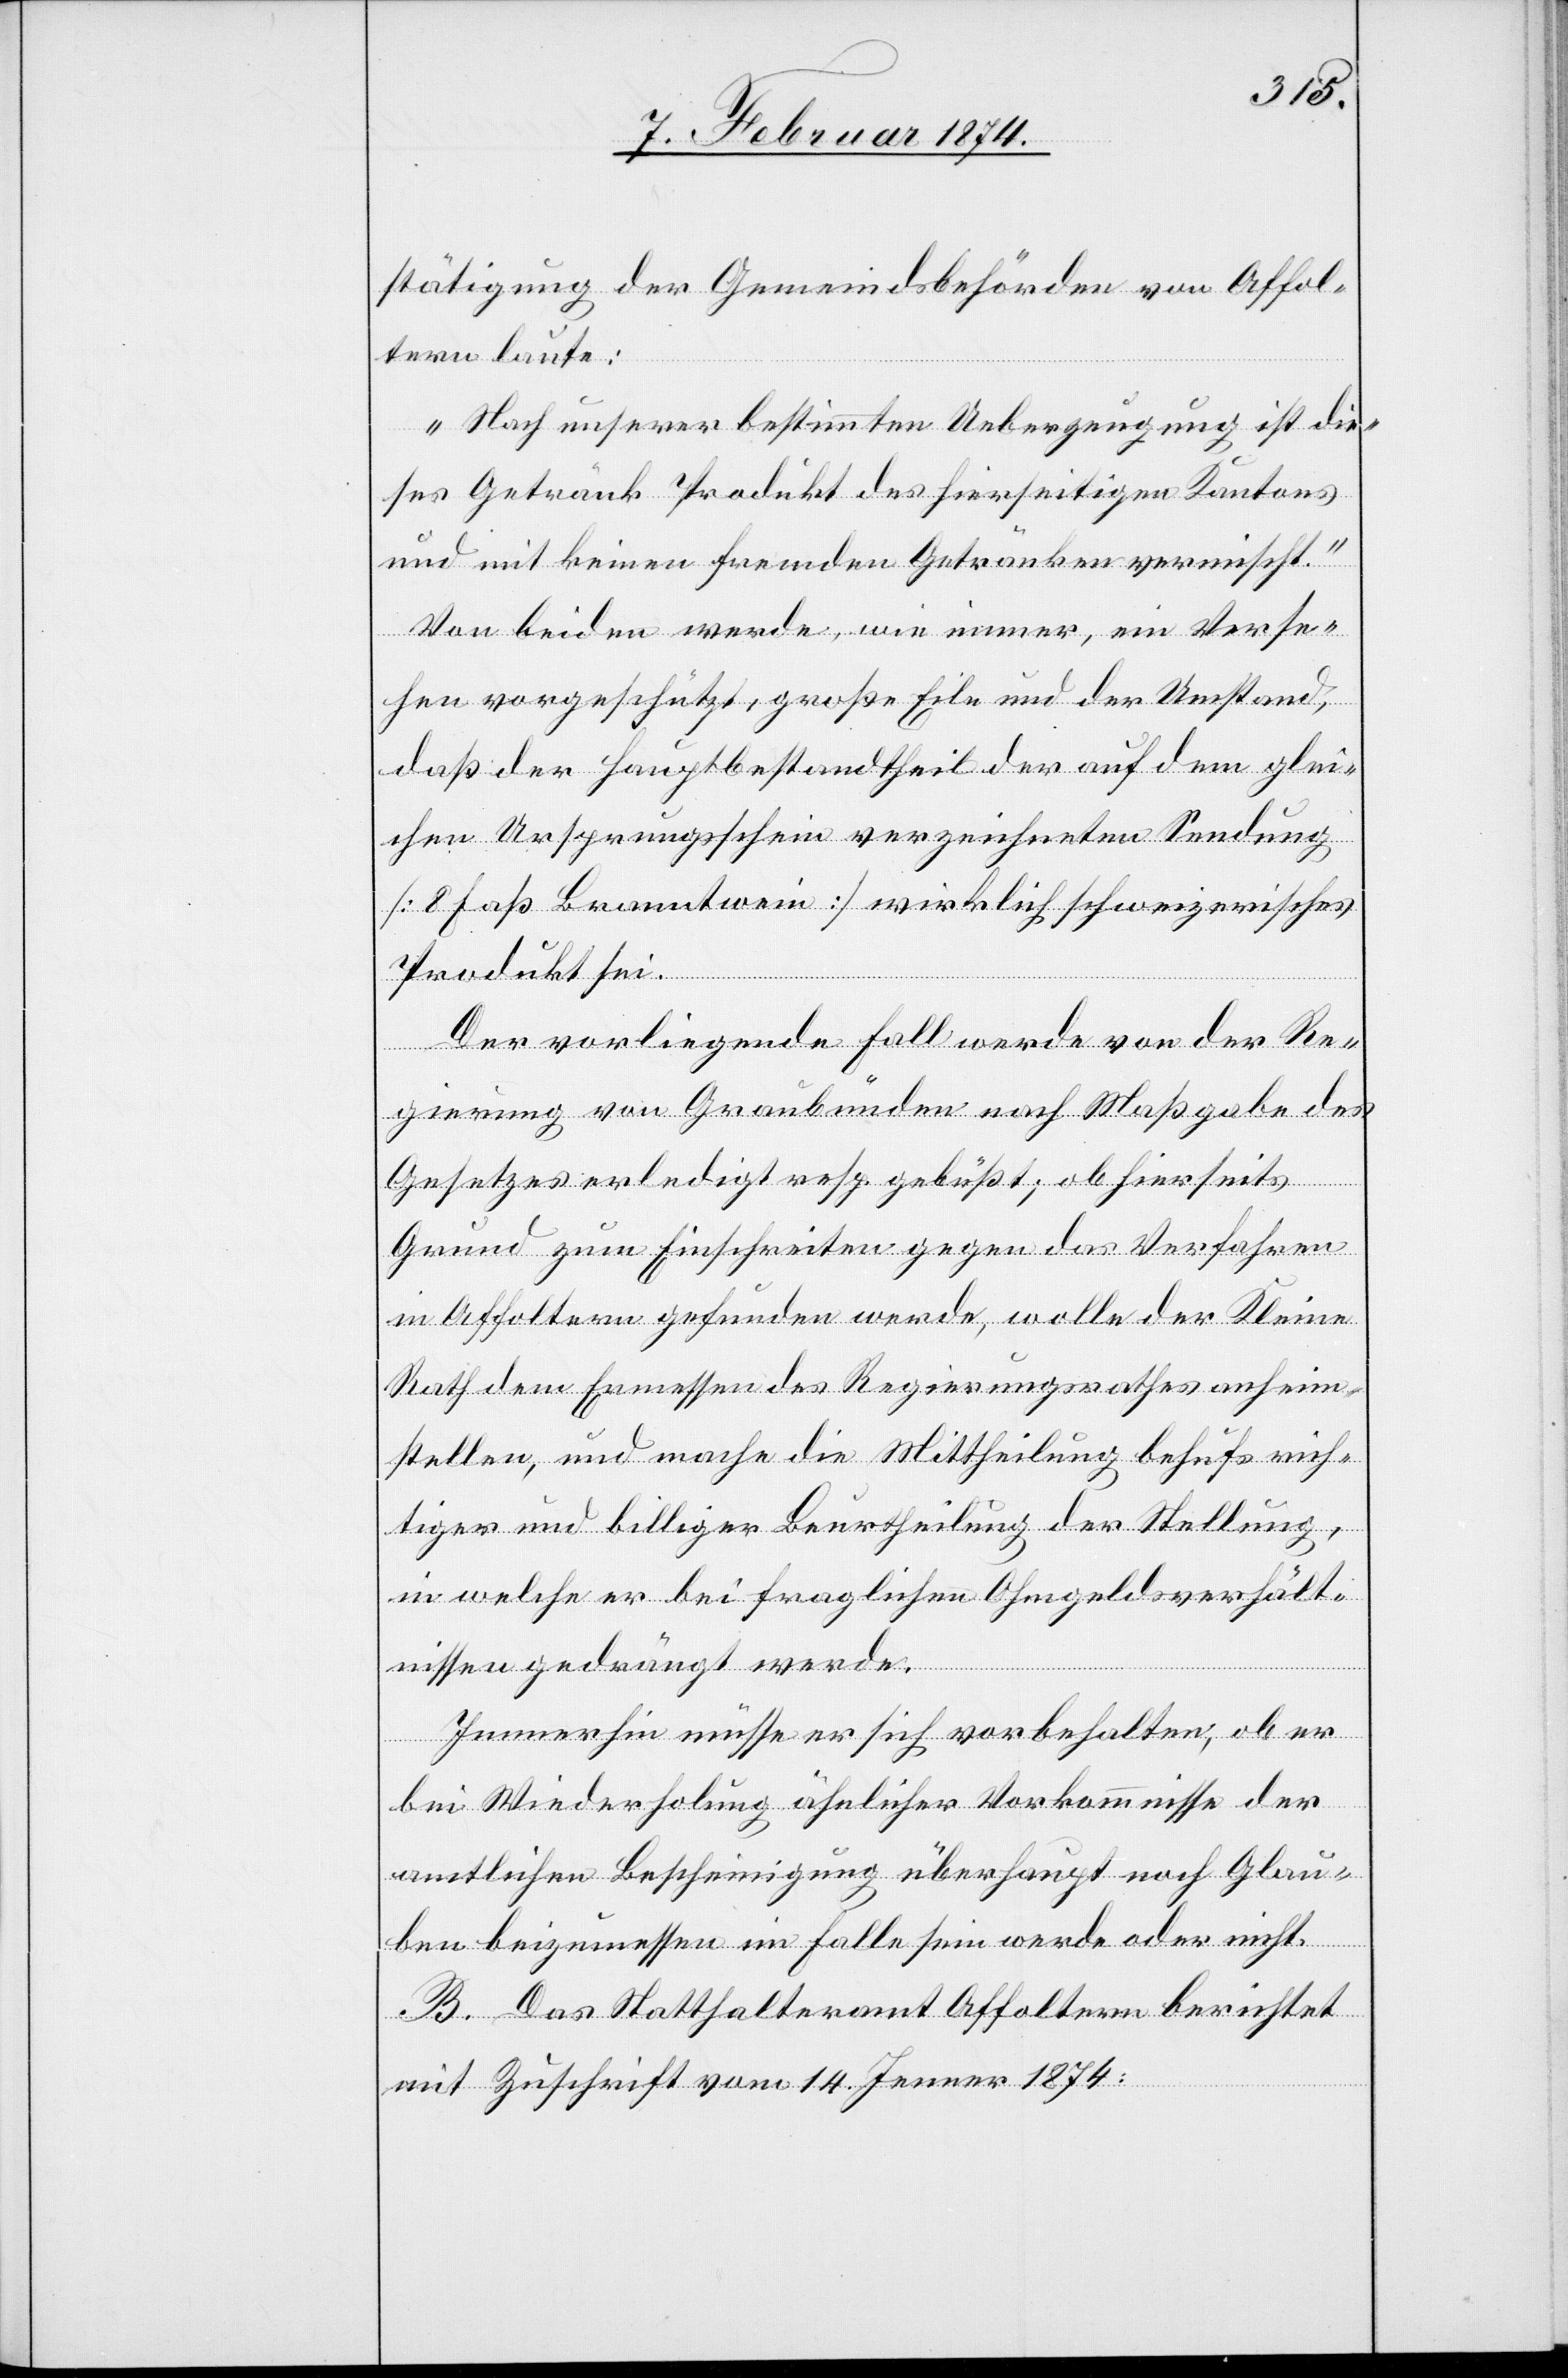
stätigung der Gemeindsbehörden von Affol¬
tern laute:
„Nach unserer bestimmten Ueberzeugung ist die¬
ses Getränk Produkt des hierseitigen Kantons
und mit keinen fremden Getränken vermischt.“
Von beiden werde, wie immer ein Verse¬
hen vorgeschützt, große Eile und der Umstand,
daß der Hauptbestandtheil der auf dem glei¬
chen Ursprungsschein verzeichneten Sendung
[8 Faß Branntwein] wirklich schweizerisches
Produkt sei.
Der vorliegende Fall werde von der Re¬
gierung von Graubünden nach Maßgabe des
Gesetzes erledigt resp. gebüßt; ob hierseits
Grund zum Einschreiten gegen das Verfahren
in Affoltern gefunden werde, wolle der Kleine
Rath Ermessen des Regierungsrathes anheim¬
stellen, und mache die Mittheilung behufs rich¬
tiger und billiger Beurtheilung der Stellung,
in welche er bei fraglichem Ohmgeldsverhält¬
nissen gedrängt werde.
Immerhin müsse er sich vorbehalten, ob er
bei Wiederholung ähnlicher Vorkommnisse der
amtlichen Bescheinigung überhaupt noch Glau¬
ben beizumessen im Falle sein werde oder nicht.
B. Das Statthalteramt Affoltern berichtet
mit Zuschrift vom 14. Jenner 1874: